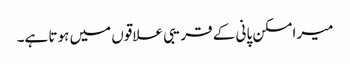
میرا مسکن پانی کے قریبی علاقوں میں ہوتا ہے۔